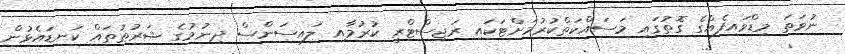
ނުވަތަ މިޑްވައިފެއްގެ ގޮތުގައި މަސައްކަތްކުރުމަށްޓަކައި ރަޖިސްޓްރީ ކުރުމާއި ލައިސަންސް ދިނުމުގެ ޝަރުޠުތައް ކަނޑައެޅުން